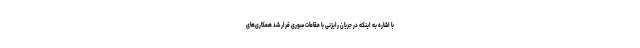
با اشاره به اینکه در جریان رایزنی با مقامات سوری قرار شد همکاری‌های